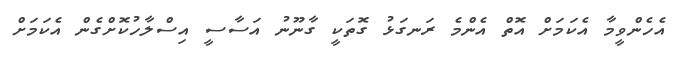
އެހެންވީމާ އެކަމަށް އޮތް އެންމެ ރަނގަޅު ގޮތަކީ ގާނޫނު އަސާސީ އިސްލާހުކޮށްގެން އެކަމަށް